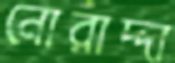
নোরাদ্দা